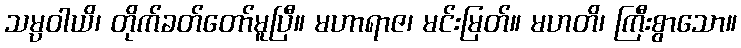
သမ္ပဝါယိ၊ တိုက်ခတ်တော်မူပြီ။ မဟာရာဇ၊ မင်းမြတ်။ မဟတိ၊ ကြီးစွာသော။